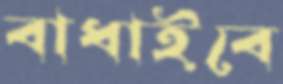
বাধাইবে